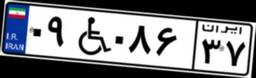
۰۹W۰۸۶۳۷